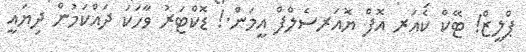
ޕްލީޒް! ޓޭކް ކެއަރ އޮފް ޔޮއަރސެލްފް އީމަން.! ޑޮކްޓަރު ވާހަކަ ދައްކަމުން ދިޔައީ